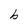
Character: b